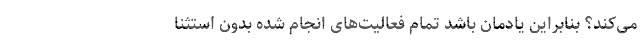
می‌کند؟ بنابراین یادمان باشد تمام فعالیت‌های انجام شده بدون استثنا